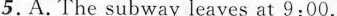
5.A. The subway leaves at 9:00.